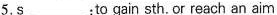
5.s___:to gain sth. Or reach an aim